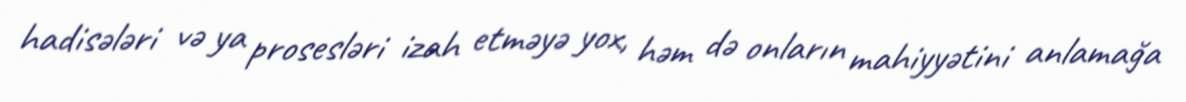
hadisələri və ya prosesləri izah etməyə yox, həm də onların mahiyyətini anlamağa